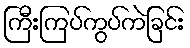
ကြီးကြပ်ကွပ်ကဲခြင်း